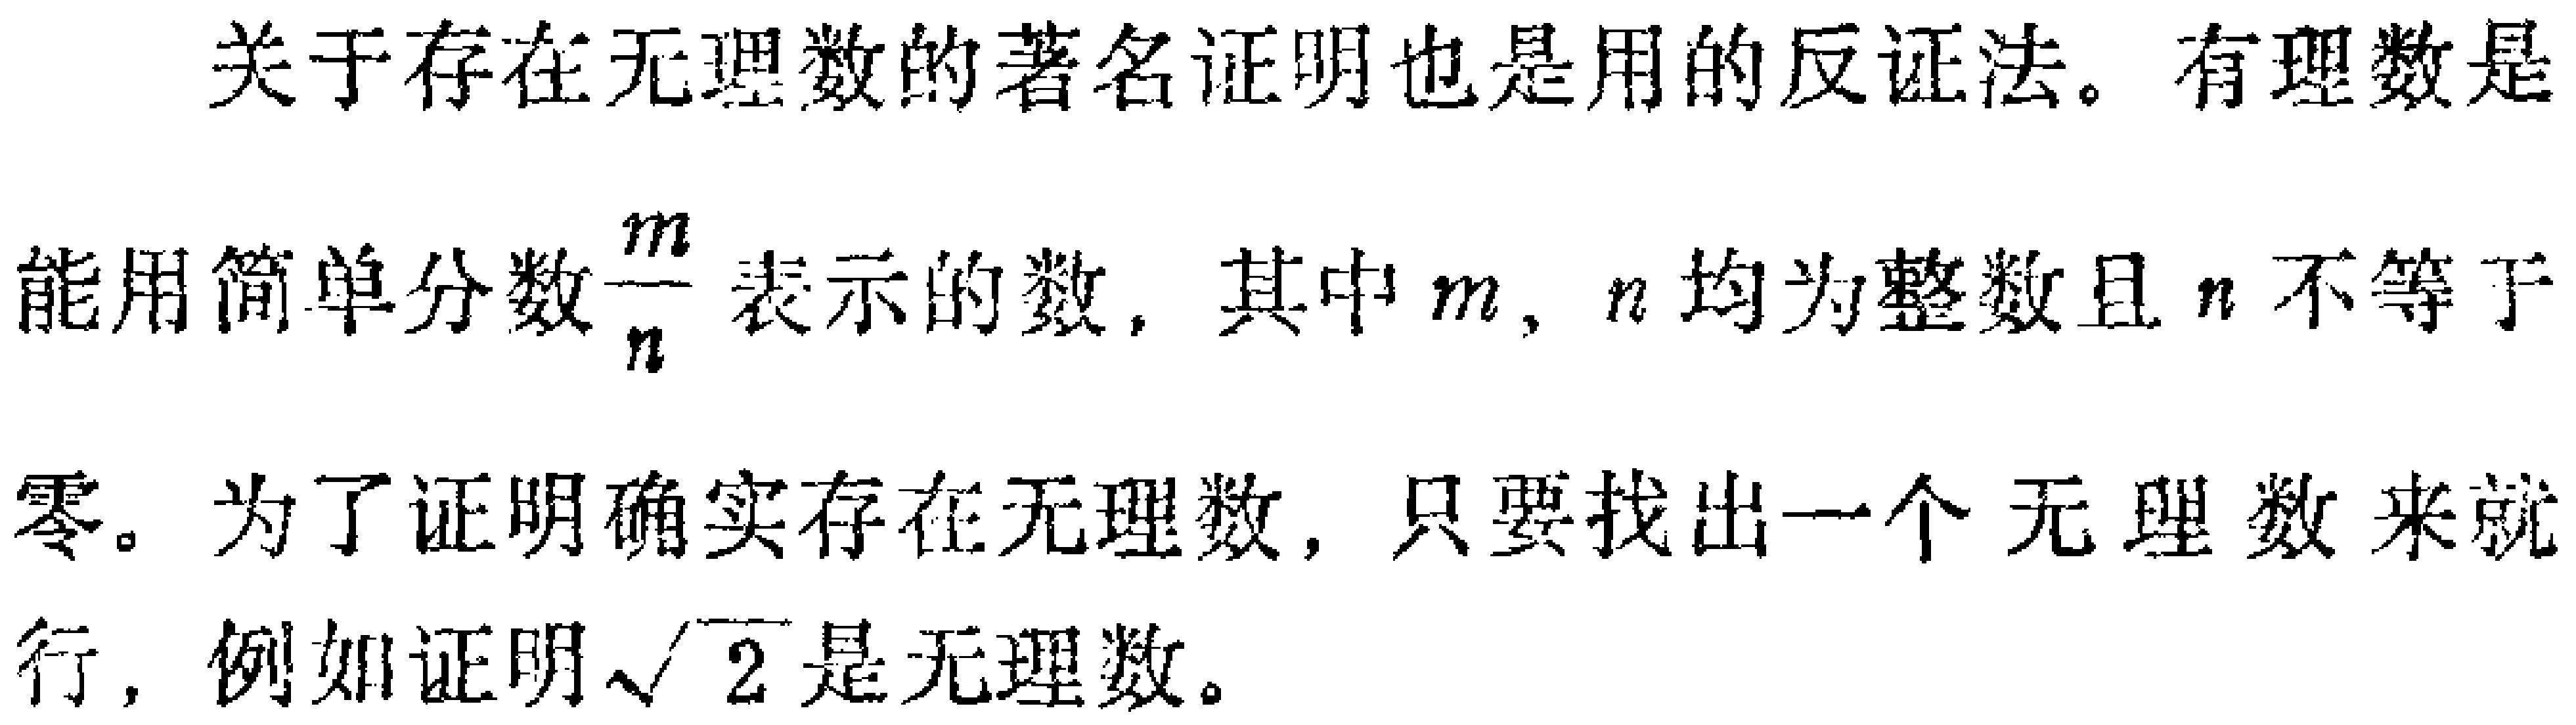
关于存在无理数的著名证明也是用的反证法。有理数是能用简单分数$\frac{m}{n}$表示的数，其中$m$，$n$均为整数且$n$不等于零。为了证明确实存在无理数，只要找出一个无理数来就行，例如证明$\sqrt{2}$是无理数。